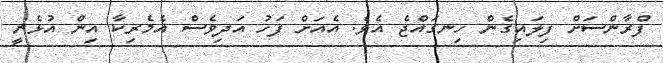
ފްރާންސަށް ފިލައިގެން ހިނގައްޖެ އެވެ. އެއަށް ފަހު އަދިވެސް އެމެރިކާ އިން އުޅެނީ